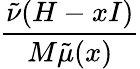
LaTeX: \frac{\tilde{\nu}(H-xI)}{M\tilde{\mu}(x)}